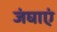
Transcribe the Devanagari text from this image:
जंघाएं